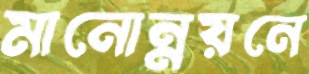
মানোন্নয়নে